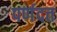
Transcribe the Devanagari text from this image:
पर्णदत्त